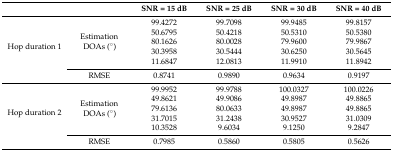
<table><thead><tr><td></td><td></td><td><b>SNR = 15 dB</b></td><td><b>SNR = 25 dB</b></td><td><b>SNR = 30 dB</b></td><td><b>SNR = 40 dB</b></td></tr></thead><tbody><tr><td rowspan="6">Hop duration 1</td><td rowspan="5">Estimation DOAs (°)</td><td>99.4272</td><td>99.7098</td><td>99.9485</td><td>99.8157</td></tr><tr><td>50.6795</td><td>50.4218</td><td>50.5310</td><td>50.5380</td></tr><tr><td>80.1626</td><td>80.0028</td><td>79.9600</td><td>79.9867</td></tr><tr><td>30.3958</td><td>30.5444</td><td>30.6250</td><td>30.5645</td></tr><tr><td>11.6847</td><td>12.0813</td><td>11.9910</td><td>11.8942</td></tr><tr><td>RMSE</td><td>0.8741</td><td>0.9890</td><td>0.9634</td><td>0.9197</td></tr><tr><td rowspan="6">Hop duration 2</td><td rowspan="5">Estimation DOAs (°)</td><td>99.9952</td><td>99.9788</td><td>100.0327</td><td>100.0226</td></tr><tr><td>49.8621</td><td>49.9086</td><td>49.8987</td><td>49.8865</td></tr><tr><td>79.6136</td><td>80.0633</td><td>49.8987</td><td>49.8865</td></tr><tr><td>31.7015</td><td>31.2438</td><td>30.9527</td><td>31.0309</td></tr><tr><td>10.3528</td><td>9.6034</td><td>9.1250</td><td>9.2847</td></tr><tr><td>RMSE</td><td>0.7985</td><td>0.5860</td><td>0.5805</td><td>0.5626</td></tr></tbody></table>